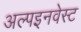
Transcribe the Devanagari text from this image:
अल्पइनवेस्ट